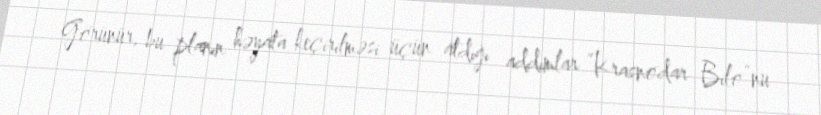
Görünür, bu planın həyata keçirilməsi üçün atdığı addımlar “Krasnodar Bilo”nu